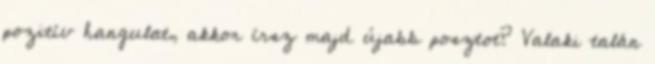
pozitív hangulat, akkor írsz majd újabb posztot? Valaki talán